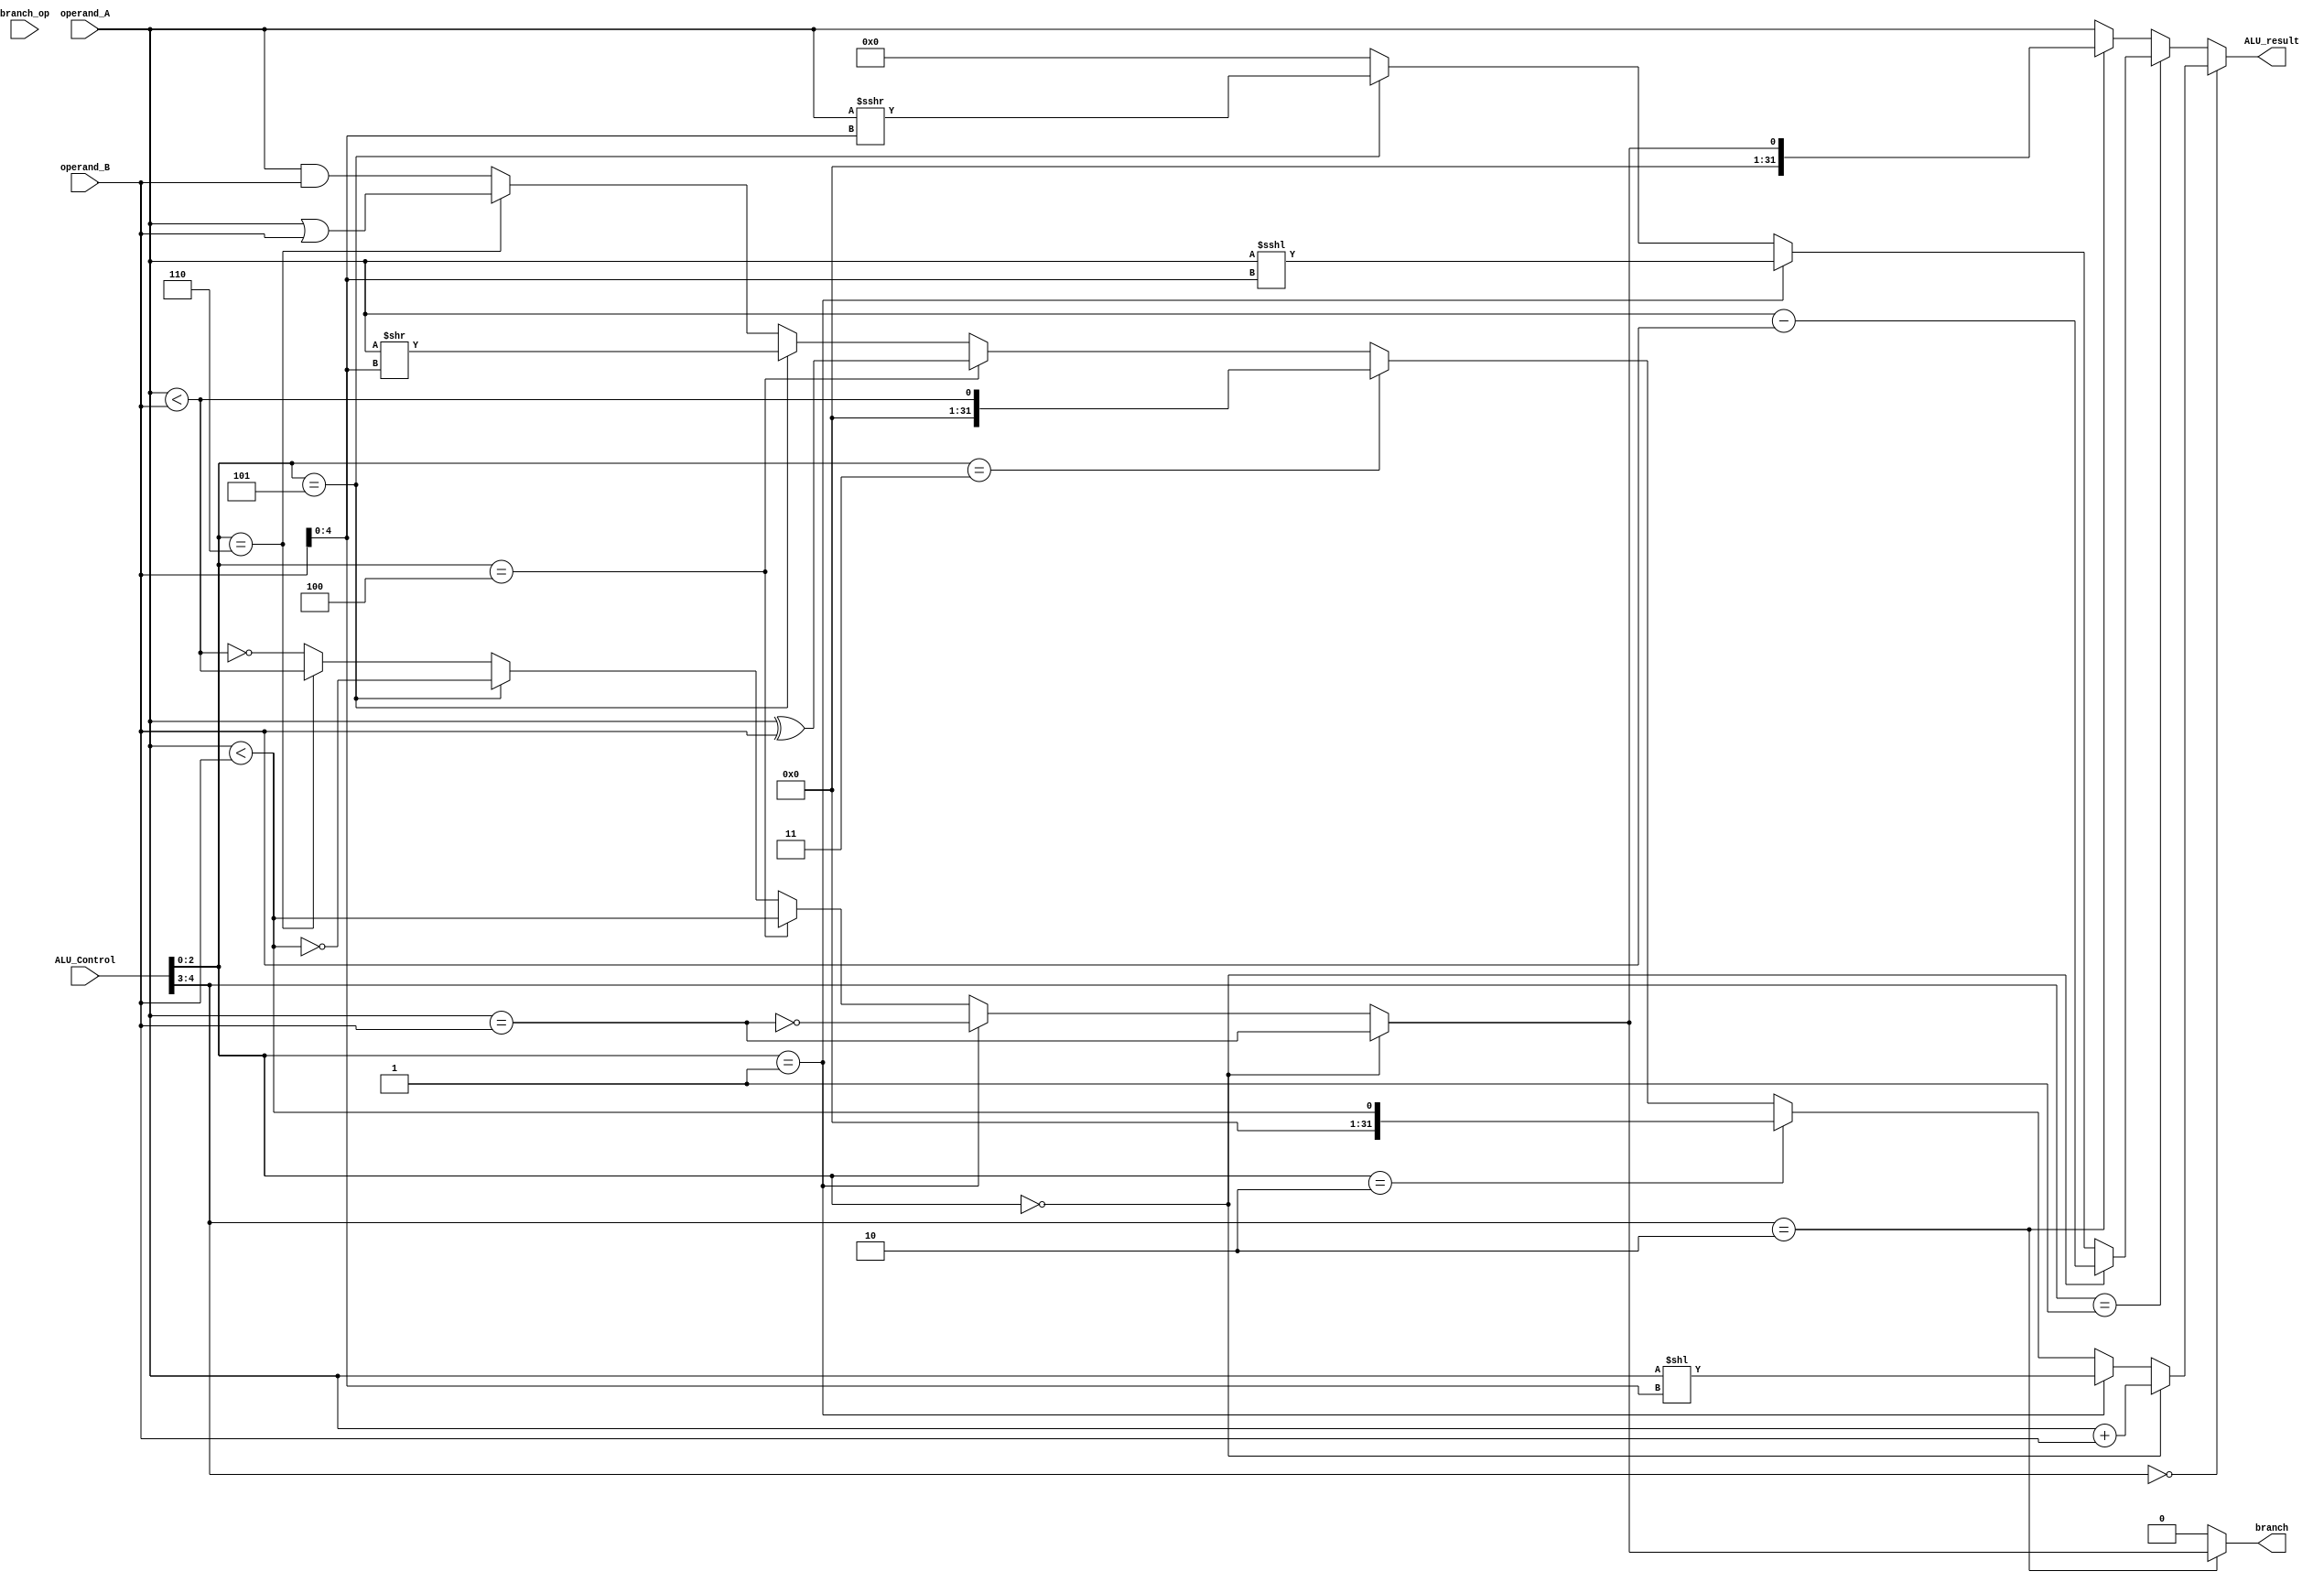
`timescale 1 ns / 1 ps
module ALU (
	input branch_op,
	input [5:0]  ALU_Control,
	input [31:0] operand_A,
	input [31:0] operand_B,
	output [31:0] ALU_result,
	output branch
);

reg [31:0] output_reg;
reg branch_reg;

wire [2:0] funct3    = ALU_Control[2:0];
wire [1:0] alu_block = ALU_Control[4:3];
wire [4:0] shift_val = operand_B[4:0];

// ALU Quadrants
localparam [1:0]
    ALU_BLOCK0 = 2'b00,
    ALU_BLOCK1 = 2'b01,
    ALU_BLOCK2 = 2'b10,
    ALU_BLOCK3 = 2'b11;

// ALU functions
localparam [2:0]
    FUNCT3_ADD  = 3'b000,
    FUNCT3_SHL  = 3'b001,
    FUNCT3_SLT  = 3'b010,
    FUNCT3_SLTU = 3'b011,
    FUNCT3_XOR  = 3'b100,
    FUNCT3_SHR  = 3'b101,
    FUNCT3_OR   = 3'b110,
    FUNCT3_AND  = 3'b111;

// branch compare
localparam [2:0]
    FUNCT3_BEQ  = 3'b000,
    FUNCT3_BNE  = 3'b001,
    FUNCT3_BLT  = 3'b100,
    FUNCT3_BGE  = 3'b101,
    FUNCT3_BLTU = 3'b110,
    FUNCT3_BGEU = 3'b111;

// comparators
wire alu_eq  = operand_A == operand_B;
wire alu_neq = ~alu_eq;
wire alu_lts = $signed(operand_A) < $signed(operand_B);
wire alu_ges = ~alu_lts;
wire alu_ltu = $unsigned(operand_A) < $unsigned(operand_B);
wire alu_geu = ~alu_ltu;

// add, and, or, xor, logical shifts
wire [31:0] alu_b0_result =
        (funct3 == FUNCT3_ADD)  ? $signed(operand_A) + $signed(operand_B) :
        (funct3 == FUNCT3_SHL)  ? operand_A << shift_val :
        (funct3 == FUNCT3_SLT)  ? {31'b0, alu_lts} :
        (funct3 == FUNCT3_SLTU) ? {31'b0, alu_ltu} :
        (funct3 == FUNCT3_XOR)  ? operand_A ^ operand_B :
        (funct3 == FUNCT3_SHR)  ? operand_A >> shift_val :
        (funct3 == FUNCT3_OR)   ? operand_A | operand_B :
        /* funct3 == FUNCT3_AND */operand_A & operand_B;

// arithmetic shifts, sub
wire [31:0] alu_b1_result =
    (funct3 == FUNCT3_ADD) ? $signed(operand_A)  -  $signed(operand_B) :
    // for 2'b01 SHL is an airthmetic shift left
    (funct3 == FUNCT3_SHL) ? $signed(operand_A) <<< shift_val :
    // for 2'b01 SHR is an airthmetic shift right
    (funct3 == FUNCT3_SHR) ? $signed(operand_A) >>> shift_val :
    /* should never get here, illegal */ 32'b0;

    // branch comparisions
wire [31:0] alu_b2_result =
        (funct3 == FUNCT3_BEQ)  ? {31'b0, alu_eq}  :
        (funct3 == FUNCT3_BNE)  ? {31'b0, alu_neq} :
        (funct3 == FUNCT3_BLT)  ? {31'b0, alu_lts} :
        (funct3 == FUNCT3_BGE)  ? {31'b0, alu_ges} :
        (funct3 == FUNCT3_BLTU) ? {31'b0, alu_ltu} :
        /* (funct3 == FUNCT3_BGEU) */ {31'b0, alu_geu};

// jal/jalr, pass-through op A for write back, which is set to PC + 4
wire [31:0] alu_b3_result = operand_A;

assign ALU_result =
    (alu_block == ALU_BLOCK0) ? alu_b0_result :
    (alu_block == ALU_BLOCK1) ? alu_b1_result :
    (alu_block == ALU_BLOCK2) ? alu_b2_result : alu_b3_result;

assign branch = (alu_block == ALU_BLOCK2) ? alu_b2_result[0] : 0;

endmodule